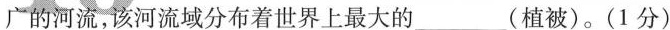
广的河流，该河流域分布着世界上最大的___(植被)。(1分)